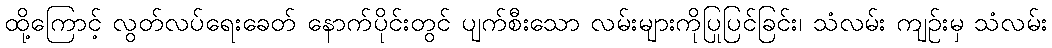
ထို့ကြောင့် လွတ်လပ်ရေးခေတ် နောက်ပိုင်းတွင် ပျက်စီးသော လမ်းများကိုပြုပြင်ခြင်း၊ သံလမ်း ကျဉ်းမှ သံလမ်း